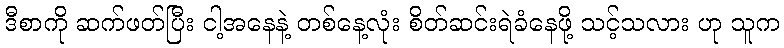
ဒီစာကို ဆက်ဖတ်ပြီး ငါ့အနေနဲ့ တစ်နေ့လုံး စိတ်ဆင်းရဲခံနေဖို့ သင့်သလား ဟု သူက